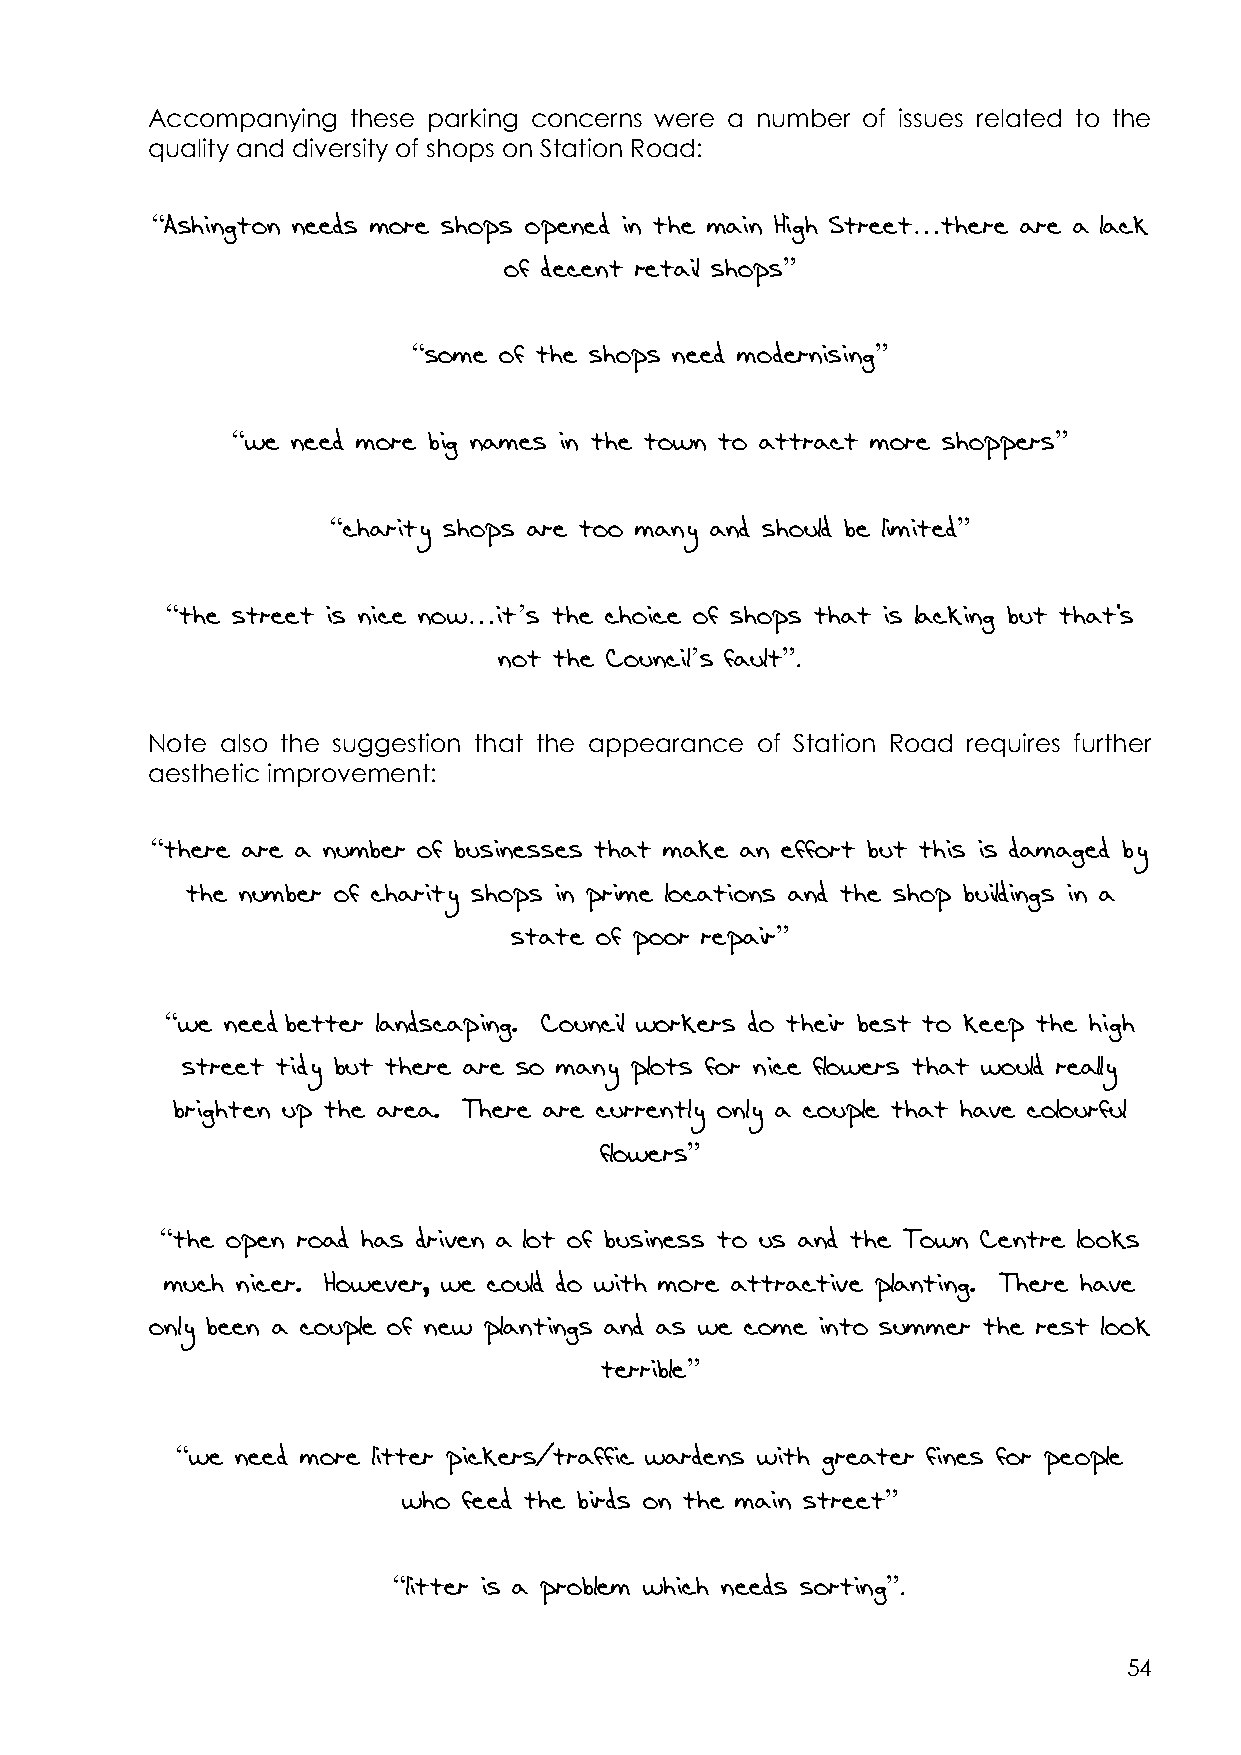
Accompanying these parking concerns were a number of issues related to the
 quality and diversity of shops on Station Road:
 “Ashington needs more shops opened in the main High Street…there are a lack
 of decent retail shops”
 “some of the shops need modernising”
 “we need more big names in the town to attract more shoppers”
 “charity shops are too many and should be limited”
 “the street is nice now…it’s the choice of shops that is lacking but that's
 not the Council’s fault”.
 Note also the suggestion that the appearance of Station Road requires further
 aesthetic improvement:
 “there are a number of businesses that make an effort but this is damaged by
 the number of charity shops in prime locations and the shop buildings in a
 state of poor repair”
 “we need better landscaping. Council workers do their best to keep the high
 street tidy but there are so many plots for nice flowers that would really
 brighten up the area. There are currently only a couple that have colourful
 flowers”
 “the open road has driven a lot of business to us and the Town Centre looks
 much nicer. However, we could do with more attractive planting. There have
 only been a couple of new plantings and as we come into summer the rest look
 terrible”
 “we need more litter pickers/traffic wardens with greater fines for people
 who feed the birds on the main street”
 “litter is a problem which needs sorting”.
 54